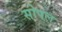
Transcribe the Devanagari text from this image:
सोपल